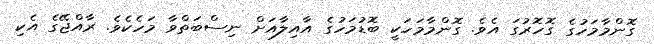
ގޮންމާމަހުގެ ގޮހޮރުގަ އެވެ. ގޮންމާމަހަކީ ބޮޑުމަހުގެ އާއިލާއަށް ނިސްބަތްވާ މަހެކެވެ. ރާއްޖޭގެ އެކި